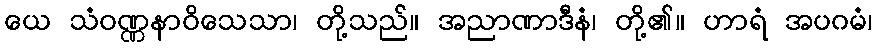
ယေ သံဝဏ္ဏနာဝိသေသာ၊ တို့သည်။ အညာဏာဒီနံ၊ တို့၏။ ဟာရံ အပဂမံ၊